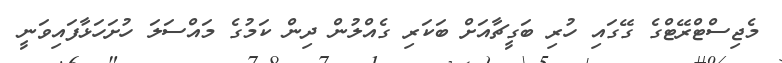
މެޖިސްޓްރޭޓްގެ ގޭގައި ހުރި ބަގީޗާއަށް ބަކަރި ގެއްލުން ދިން ކަމުގެ މައްސަލަ ހުށަހަޅާފައިވަނީ